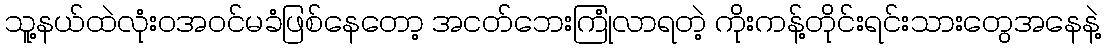
သူ့နယ်ထဲလုံးဝအ၀င်မခံဖြစ်နေတော့ အငတ်ဘေးကြုံလာရတဲ့ ကိုးကန့်တိုင်းရင်းသားတွေအနေနဲ့